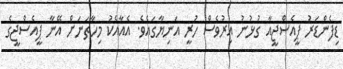
ޑިފެންޑަރު ޕީއެސްޖީއާ ގުޅުނު އިރުވެސް ހުރީ އަނިޔާގައެވެ. އެއާއެކު މިހާތަނަށް އޭނާ ޕީއެސްޖީގެ